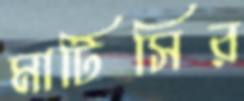
মাটিসির